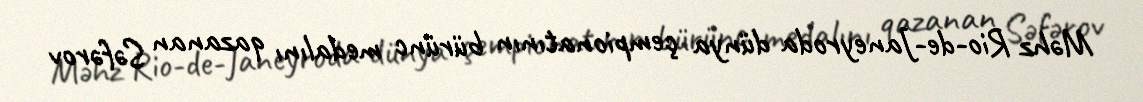
Məhz Rio-de-Janeyroda dünya çempionatının bürünc medalını qazanan Səfərov